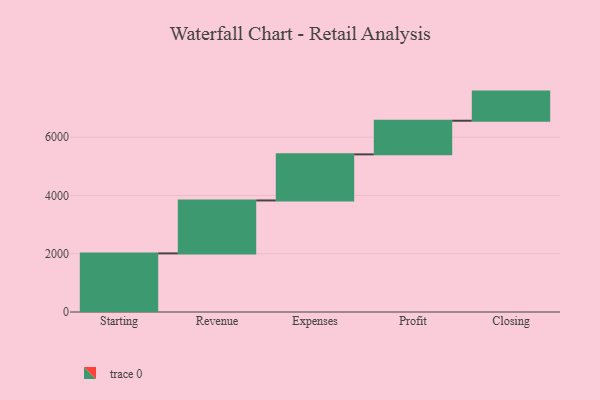
{"axis": {"x": "Step", "y": "Value"}, "legend": [""], "data": [{"x": "Starting", "y": 2012.0, "type": ""}, {"x": "Revenue", "y": 1818.0, "type": ""}, {"x": "Expenses", "y": 1582.0, "type": ""}, {"x": "Profit", "y": 1155.0, "type": ""}, {"x": "Closing", "y": 1000, "type": ""}]}